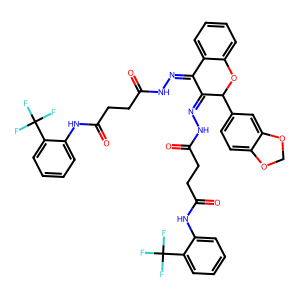
SMILES: O=C(CCC(=O)Nc1ccccc1C(F)(F)F)NN=C1C(=NNC(=O)CCC(=O)Nc2ccccc2C(F)(F)F)C(c2ccc3c(c2)OCO3)Oc2ccccc21
Inhibits HIV replication: No